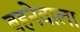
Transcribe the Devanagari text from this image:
बहनेवाला